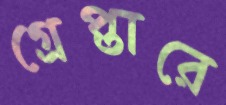
গ্রেপ্তারে